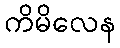
ကိမိလေန